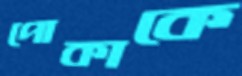
পোকাকে